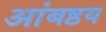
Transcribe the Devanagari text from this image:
आंबष्ठय